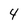
Character: 4